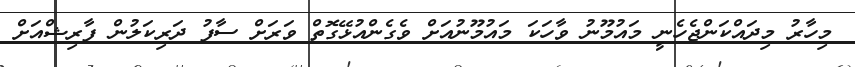
މިހާރު މިދައްކަންޖެހެނީ މައުމޫނު ވާހަކަ މައުމޫނުއަށް ވެގެންއުޅޭގޮތް ވަރަށް ސާފު ދަރިކަލުން ފާރިޝްއަށް